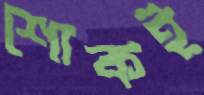
শোকই